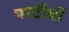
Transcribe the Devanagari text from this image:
पार्टीयों